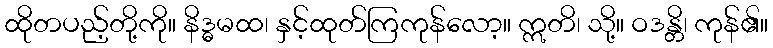
ထိုတပည့်တို့ကို။ နိဒ္ဓမထ၊ နှင့်ထုတ်ကြကုန်လော့။ ဣတိ၊ သို့။ ဝဒန္တိ၊ ကုန်၏။